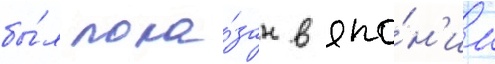
бы́л пока́зан в япо́н'ии